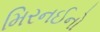
મિરનઈનો